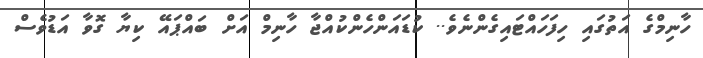
ހާނިމްގެ އަތުގައި ހިފަހައްޓައިގެންނެވެ.. ކުޑައަންހެންކުއްޖާ ހާނިމް އަށް ބައްޕައޭ ކިޔާ ގޮވާ އަޑުވެސް